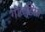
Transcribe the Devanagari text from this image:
गोल्डिरग